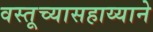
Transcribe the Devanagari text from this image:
वस्तूच्यासहाय्याने